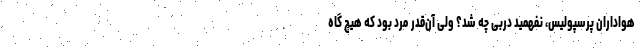
هواداران پرسپولیس، نفهمید دربی چه شد؟ ولی آن‌قدر مرد بود که هیچ گاه